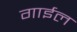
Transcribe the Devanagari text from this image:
गाईल